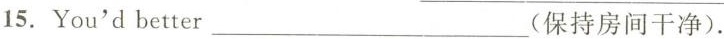
15. You'd better ___ (保持房间干净).